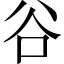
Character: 谷